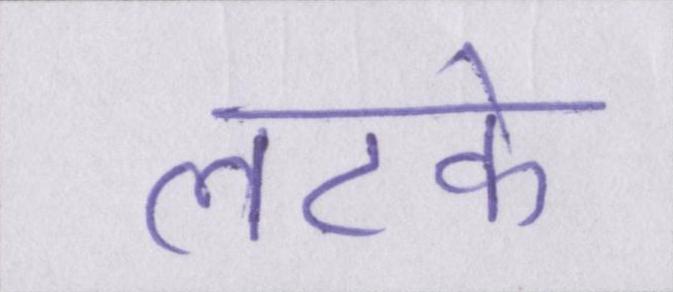
लटके